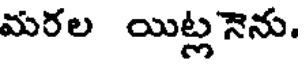
మరల యిట్ల నెను.